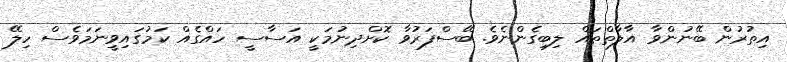
އިތުރުން ބޭނުންވާ އާލާތްތައް ލިބިގެންނެވެ. ބޭސްފަރުވާ ކޮށްދިނުމަކީ އަސާސީ ހައްގެއް ކަމުގައިވީނަމަވެސް ހިލޭ